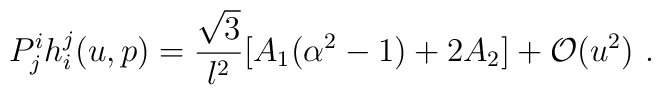
P^i_j h^j_i(u,p) = \frac{\sqrt{3}}{l^2}[A_1(\alpha^2-1)+2A_2]  +\mathcal{O}(u^2)~.